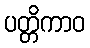
ပတ္တိကာဝ